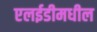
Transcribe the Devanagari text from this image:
एलईडीमधील